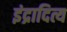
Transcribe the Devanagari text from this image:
इंद्रादित्य